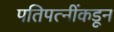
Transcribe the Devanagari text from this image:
पतिपत्नींकडून